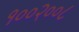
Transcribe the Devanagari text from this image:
१००२००८